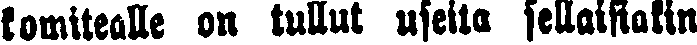
komitealle on tullut useita sellaisiakin